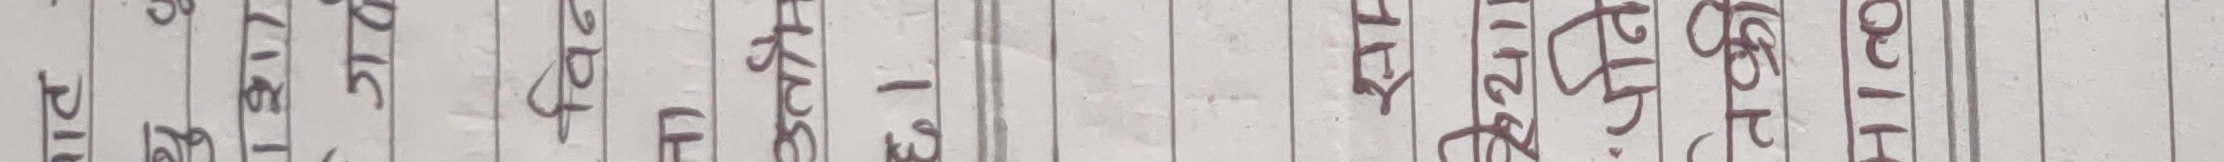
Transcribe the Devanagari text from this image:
001 H
९५७
११२
४४२
४०४
१३६८
१६२८
१४१७
१२३५
१२१७
१२१६
२१०१